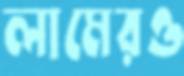
লামেরও